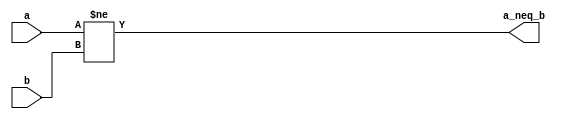
`timescale 1ns / 1ps
//////////////////////////////////////////////////////////////////////////////////
// Company: 
// Engineer: 
// 
// Design Name: 
// Module Name:    a_neq_b 
// Project Name: 
// Target Devices: 
// Tool versions: 
// Description: 
//
// Dependencies: 
//
// Revision: 
// Revision 0.01 - File Created
// Additional Comments: 
//
//////////////////////////////////////////////////////////////////////////////////

module a_neq_b(
    input [3:0] a,
    input [3:0] b,
    output a_neq_b
    );

assign a_neq_b = a != b;

endmodule